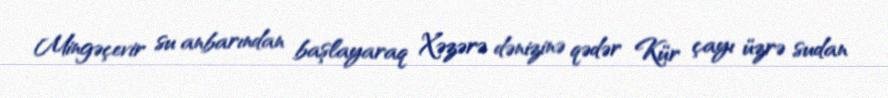
Mingəçevir su anbarından başlayaraq Xəzərə dənizinə qədər Kür çayı üzrə sudan